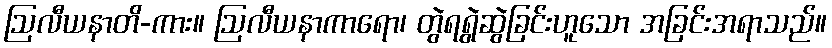
ဩလီယနာတိ-ကား။ ဩလီယနာကာရော၊ တွဲရရွဲဆွဲခြင်းဟူသော အခြင်းအရာသည်။